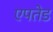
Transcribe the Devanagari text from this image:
एपतेड